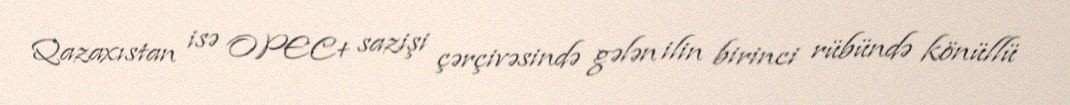
Qazaxıstan isə OPEC+ sazişi çərçivəsində gələn ilin birinci rübündə könüllü